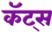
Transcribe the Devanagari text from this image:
कॅट्स